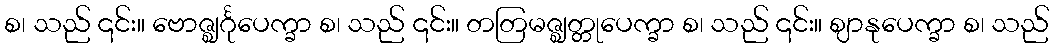
စ၊ သည် ၎င်း။ ဗောဇ္ဈင်္ဂုပေက္ခာ စ၊ သည် ၎င်း။ တတြမဇ္ဈတ္တုပေက္ခာ စ၊ သည် ၎င်း။ ဈာနုပေက္ခာ စ၊ သည်